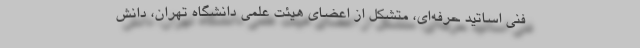
فنی اساتید حرفه‌ای، متشکل از اعضای هیئت علمی دانشگاه تهران، دانش‌